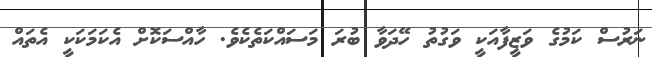
ނަރުސް ކަމުގެ ވަޒީފާއަކީ ވަގުތު ހޭދަވާ ބުރަ މަސައްކަތެކެވެ. ހާއްސަކޮށް އެކަމަކަކީ އެތައް